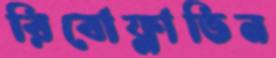
রিবোফ্লাভিন